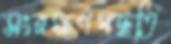
সংরক্ষণপদ্ধতি